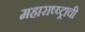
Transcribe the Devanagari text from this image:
महाराष्ष्ट्राची